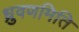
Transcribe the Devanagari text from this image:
ध्रुवणमिति